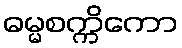
ဓမ္မစက္ကိကော